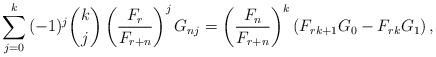
LaTeX: \begin{align*}\sum_{j = 0}^k {( - 1)^j \binom kj\left( {\frac{{F_r }}{{F_{r + n} }}} \right)^j G_{nj} } = \left( {\frac{{F_n }}{{F_{r + n} }}} \right)^k (F_{rk+1}G_{0}-F_{rk}G_1)\,,\end{align*}